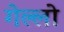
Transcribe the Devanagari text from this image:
गेल्लो